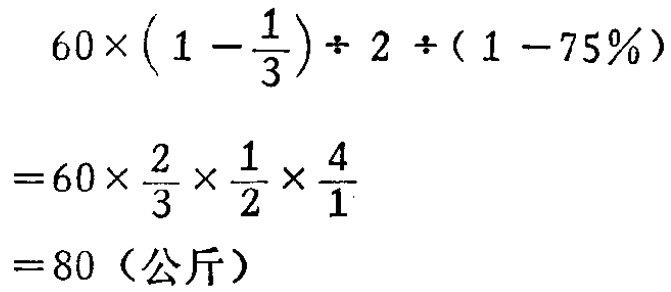
\[

\begin{align*}

&60\times\left(1 - \frac{1}{3}\right)\div 2\div(1 - 75\%)\\

=&60\times\frac{2}{3}\times\frac{1}{2}\times\frac{4}{1}\\

=&80 \text{（公斤）}

\end{align*}

\]